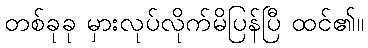
တစ်ခုခု မှားလုပ်လိုက်မိပြန်ပြီ ထင်၏။